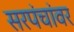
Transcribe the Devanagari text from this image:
सरपंचांवर